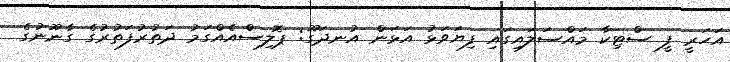
އަހަރީ ފީ ސްޓިކާ މައްސަލައިގައި ފިޔަވަޅު އަޅަން އުނދަގޫ: ޕޮލިސްއެއްގަމު ދަތުރުފަތުރުގެ ގާނޫނުގެ